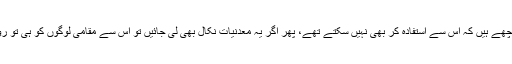
وہ خود اتنے پیچھے ہیں کہ اس سے استفادہ کر بھی نہیں سکتے تھے، پھر اگر یہ معدنیات نکال بھی لی جائیں تو اس سے مقامی لوگوں کو ہی تو روزگار ملے گا۔